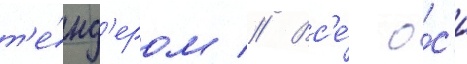
т'е́нд'ером // Вс'е́ о́с'и